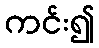
ကင်း၍